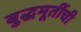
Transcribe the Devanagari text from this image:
बुद्धमूर्तीची